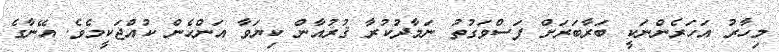
މިހާރު އަހަރެންނަކީ ބަރާބަރަށް ފަސްވަގުތު ނަމާދުކުރާ ޤުރުއާން ކިޔަވާ އަންހެން ކުއްޖަކީމެވެ. އޭނާގެ